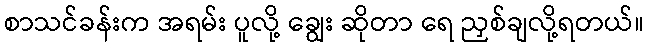
စာသင်ခန်းက အရမ်း ပူလို့ ချွေး ဆိုတာ ရေ ညှစ်ချလို့ရတယ်။